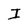
Character: I